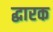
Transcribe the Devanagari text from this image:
द्धारक